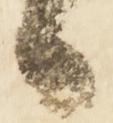
日